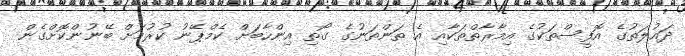
ދައުލަތުގެ އޮފީސްތަކުގެ އިމާރާތްތަކާއި އެ ތަންތަނުގެ ގޯތި އިންހާބަށް ކެމްޕޭނު ކުރުމަށް ބޭނުންކޮށްގެން